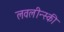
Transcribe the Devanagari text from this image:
लवलीन्स्की